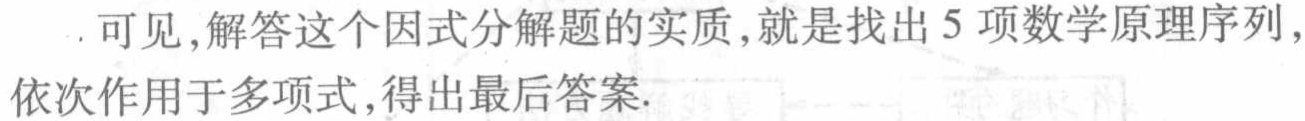
可见，解答这个因式分解题的实质，就是找出 5 项数学原理序列，依次作用于多项式，得出最后答案.